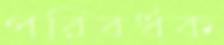
পরিবর্ধক